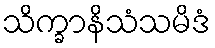
သိက္ခာနိသံသမိဒံ